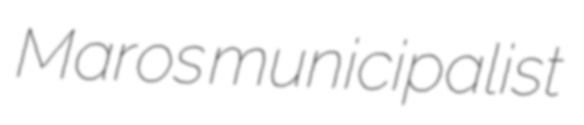
Maros municipalist